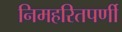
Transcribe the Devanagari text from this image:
निमहरितपर्णी